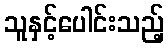
သူနှင့်ပေါင်းသည့်